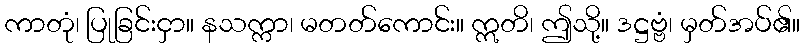
ကာတုံ၊ ပြုခြင်းငှာ။ နသက္ကာ၊ မတတ်ကောင်း။ ဣတိ၊ ဤသို့။ ဒဋ္ဌဗ္ဗံ၊ မှတ်အပ်၏။